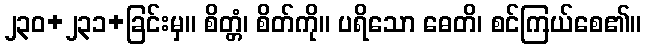
၂၃၀+၂၃၁+ခြင်းမှ။ စိတ္တံ၊ စိတ်ကို။ ပရိသော ဓေတိ၊ စင်ကြယ်စေ၏။